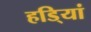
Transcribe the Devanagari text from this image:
हडि्यां